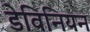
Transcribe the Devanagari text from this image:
डेविनियन